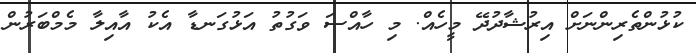
ކުޅުންތެރިންނަށް އިރުޝާދުދޭ މީހެއް. މި ހާއްސަ ވަގުތު އަޅުގަނޑާ އެކު އާއިލާ މެމްބަރުން